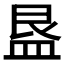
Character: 𭾁